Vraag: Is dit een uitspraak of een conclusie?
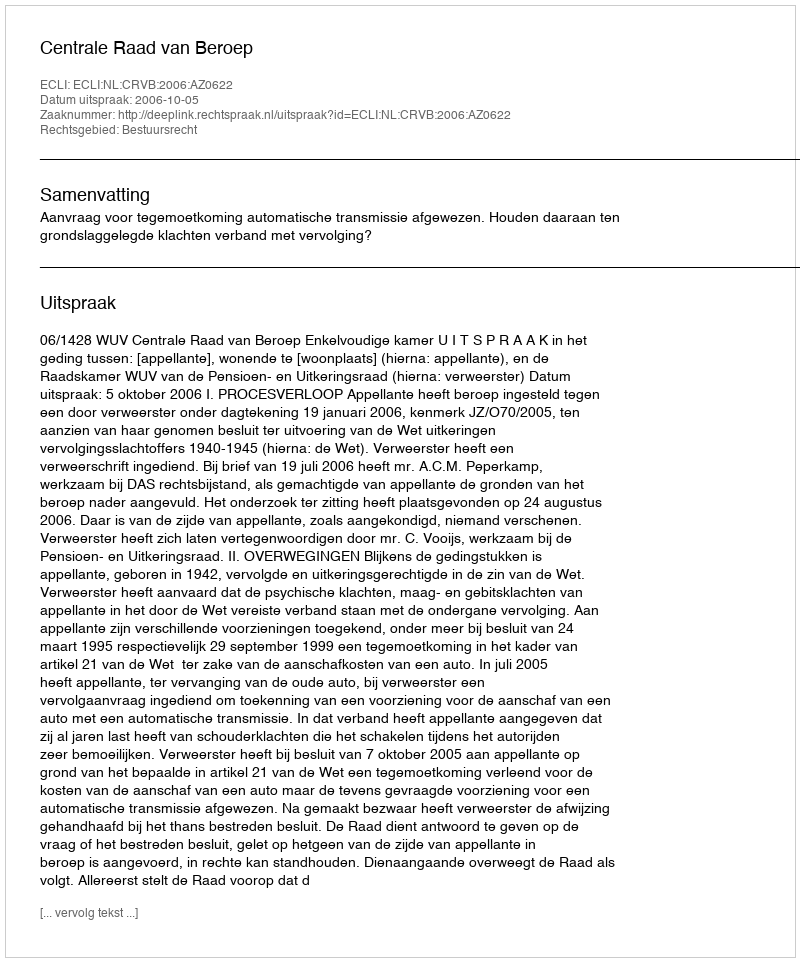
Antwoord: Uitspraak